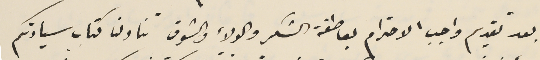
بعد تقديم واجب الاحترام بعاطفة الشكر والولاء والشوق تناولنا كتاب سيادتكم